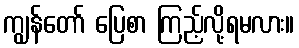
ကျွန်တော် ပြေစာ ကြည့်လို့ရမလား။